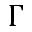
\Gamma